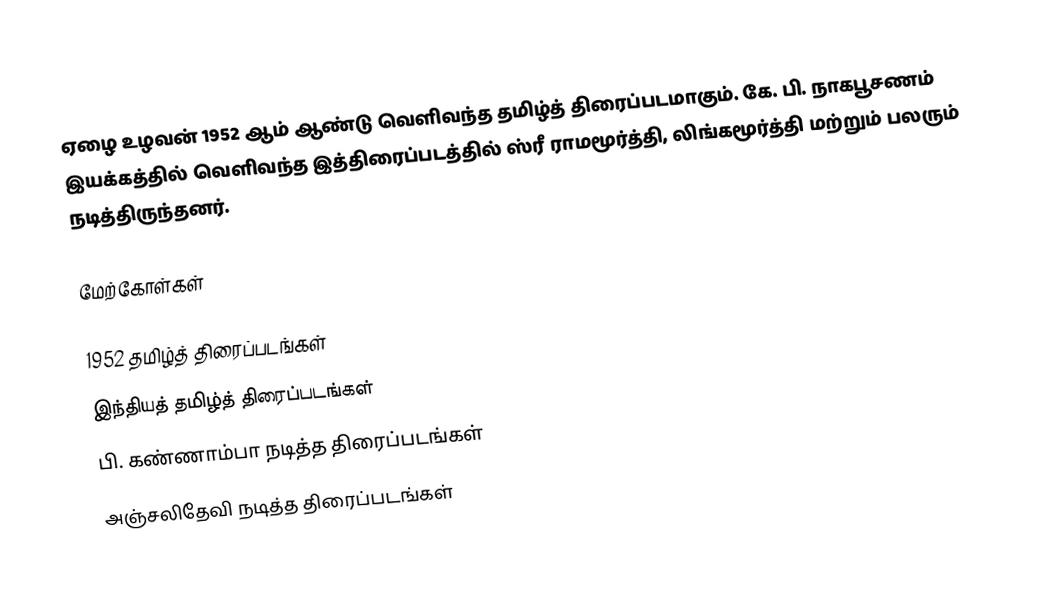
ஏழை உழவன் 1952 ஆம் ஆண்டு வெளிவந்த தமிழ்த் திரைப்படமாகும். கே. பி. நாகபூசணம் இயக்கத்தில் வெளிவந்த இத்திரைப்படத்தில் ஸ்ரீ ராமமூர்த்தி, லிங்கமூர்த்தி மற்றும் பலரும் நடித்திருந்தனர்.

மேற்கோள்கள்

1952 தமிழ்த் திரைப்படங்கள்
இந்தியத் தமிழ்த் திரைப்படங்கள்
பி. கண்ணாம்பா நடித்த திரைப்படங்கள்
அஞ்சலிதேவி நடித்த திரைப்படங்கள்